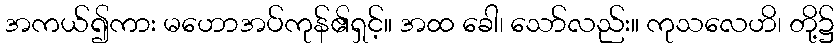
အကယ်၍ကား မဟောအပ်ကုန်၏ရှင့်။ အထ ခေါ၊ သော်လည်း။ ကုသလေဟိ၊ တို့၌